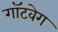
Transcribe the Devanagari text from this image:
गॉटवेग